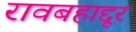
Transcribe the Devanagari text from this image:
रावबहाद्दूर